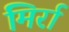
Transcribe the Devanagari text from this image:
मिर्रा